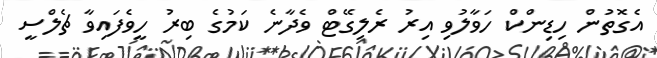
އެގޮތުން ހިޑިންކް ހަވާލުވި އިރު ރެލިގޭޓް ވެދާނެ ކަމުގެ ބިރު ހީވެފައިވާ ޗެލްސީ